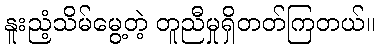
နူးညံ့သိမ်မွေ့တဲ့ တူညီမှုရှိတတ်ကြတယ်။